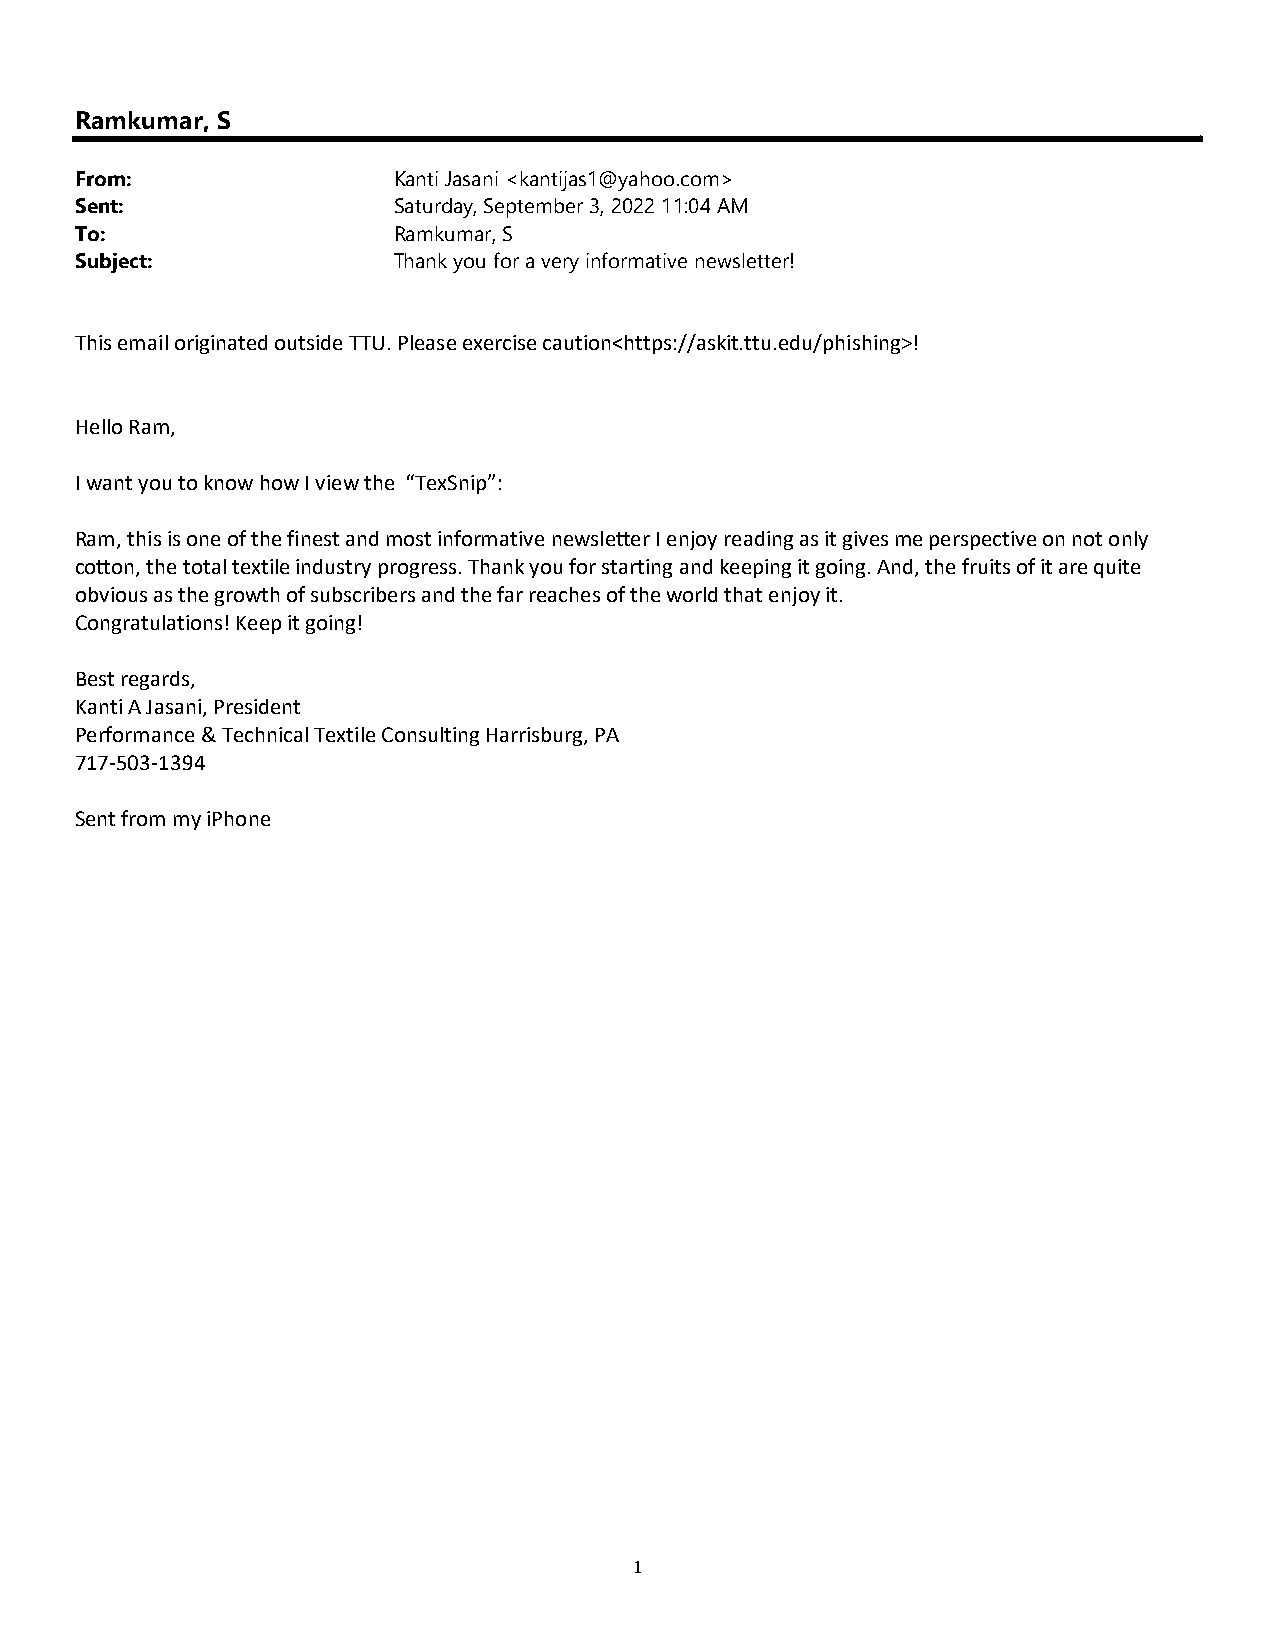
Ramkumar, S
 From:                Kanti Jasani <kantijas1@yahoo.com>
 Sent:                Saturday, September 3, 2022 11:04 AM
 To:                  Ramkumar, S
 Subject:             Thank you for a very informative newsletter!
 This email originated outside TTU. Please exercise caution<https://askit.ttu.edu/phishing>!
 Hello Ram,
 I want you to know how I view the “TexSnip”:
 Ram, this is one of the finest and most informative newsletter I enjoy reading as it gives me perspective on not only
 cotton, the total textile industry progress. Thank you for starting and keeping it going. And, the fruits of it are quite
 obvious as the growth of subscribers and the far reaches of the world that enjoy it.
 Congratulations! Keep it going!
 Best regards,
 Kanti A Jasani, President
 Performance & Technical Textile Consulting Harrisburg, PA
 717-503-1394
 Sent from my iPhone
 1